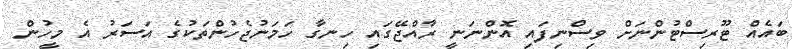
ބައެއް ޓޫރިސްޓުންނަށް ވިސްނިފައި އޮންނަނީ ރާއްޖޭގައި ހިނގާ ހަމަނުޖެހުންތަކުގެ އަސަރު އެ މީހުން